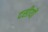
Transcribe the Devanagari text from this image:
दसीयों